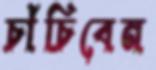
চাঁচিবেন